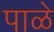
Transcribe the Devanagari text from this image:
पाळे